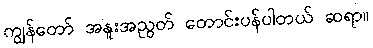
ကျွန်တော် အနူးအညွတ် တောင်းပန်ပါတယ် ဆရာ။